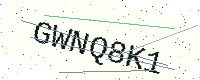
Text: GWNQ8K1